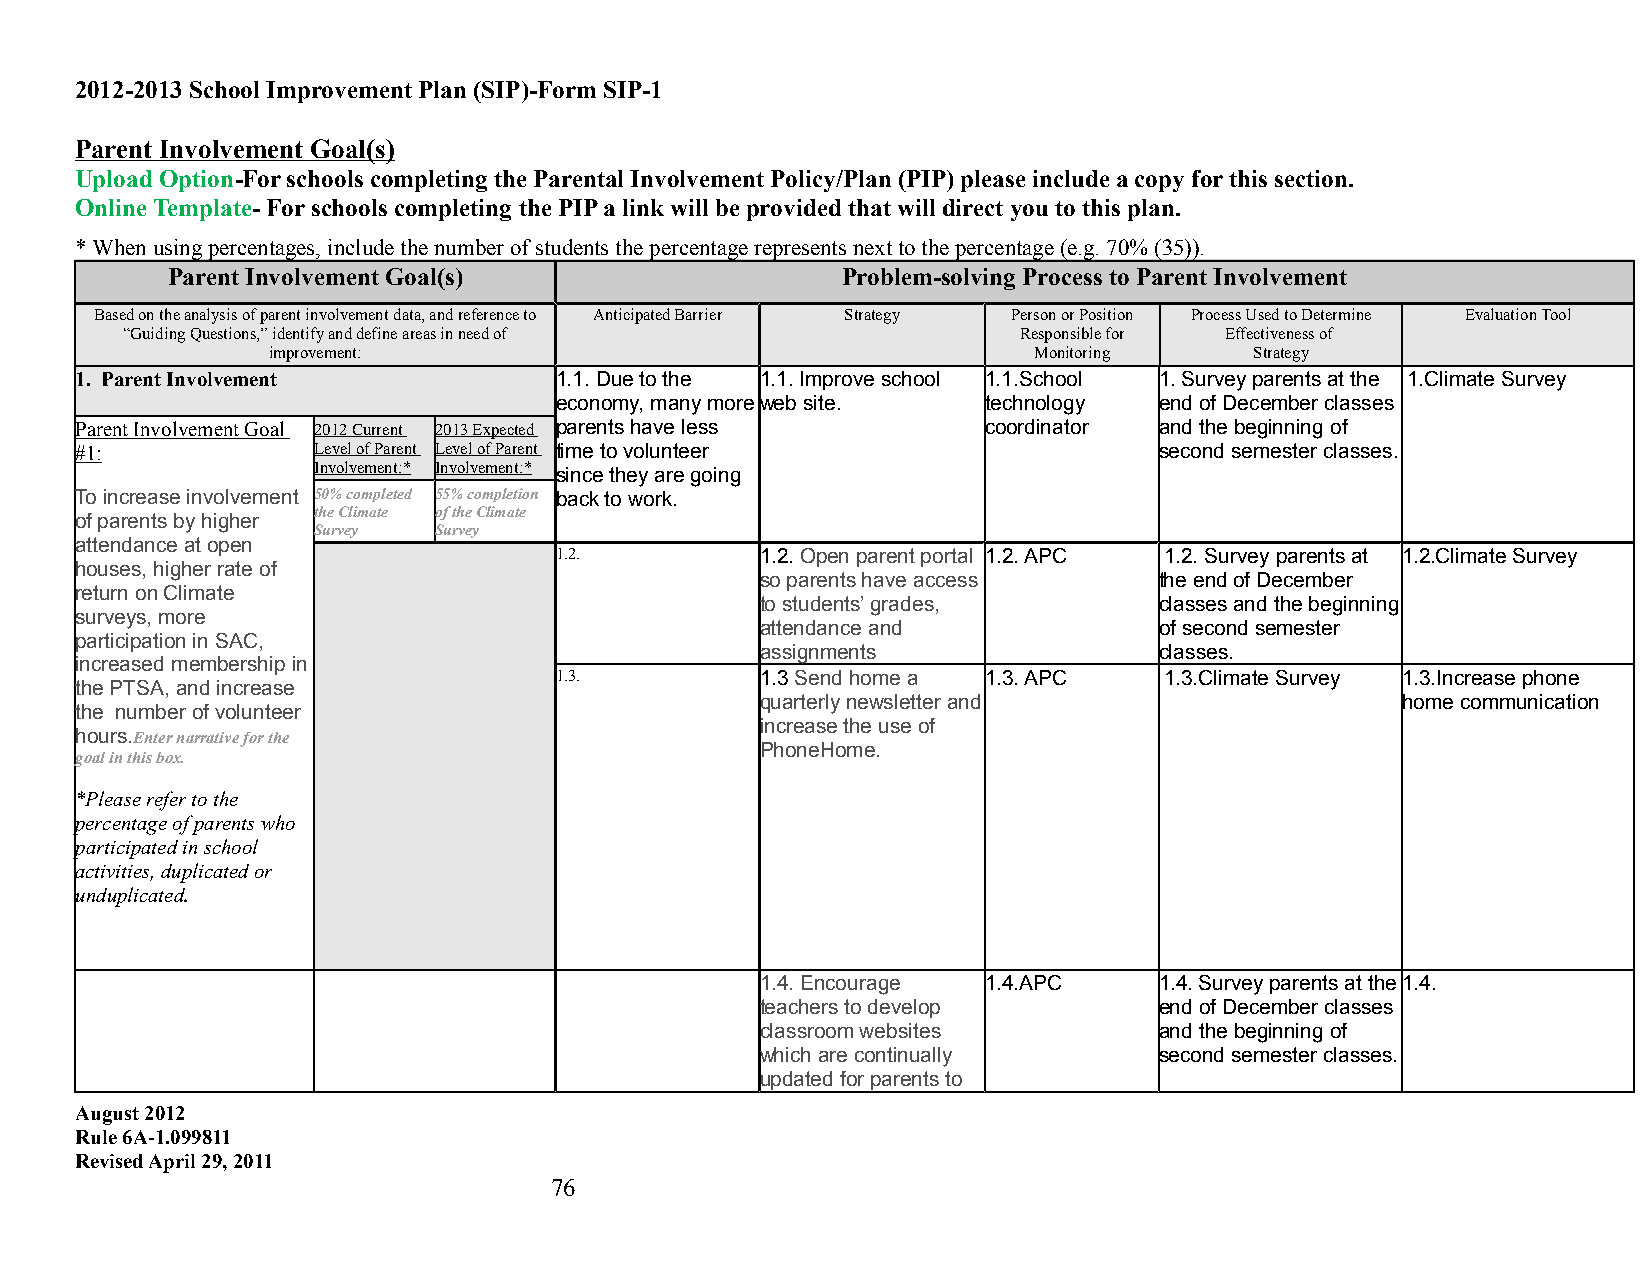
2012-2013 School Improvement Plan (SIP)-Form SIP-1
 Parent Involvement Goal(s)
 Upload Option-For schools completing the Parental Involvement Policy/Plan (PIP) please include a copy for this section.
 Online Template- For schools completing the PIP a link will be provided that will direct you to this plan.
 * When using percentages, include the number of students the percentage represents next to the percentage (e.g. 70% (35)).
 Parent Involvement Goal(s)                   Problem-solving Process to Parent Involvement
 Based on the analysis of parent involvement data, and reference to Anticipated Barrier Strategy Person or Position Process Used to Determine Evaluation Tool
 “Guiding Questions,” identify and define areas in need of  Responsible for Effectiveness of
 improvement:                                      Monitoring     Strategy
 1. Parent Involvement           1.1. Due to the 1.1. Improve school 1.1.School 1. Survey parents at the 1.Climate Survey
 economy, many more web site. technology end of December classes
 Parent Involvement Goal 2012 Current 2013 Expected parents have less coordinator and the beginning of
 #1:             Level of Parent Level of Parent time to volunteer       second semester classes.
 Involvement:* Involvement:* since they are going
 To increase involvement 50% completed 55% completion back to work.
 the Climate of the Climate
 of parents by higher
 Survey  Survey
 attendance at open
 1.2.         1.2. Open parent portal 1.2. APC 1.2. Survey parents at 1.2.Climate Survey
 houses, higher rate of
 so parents have access     the end of December
 return on Climate
 to students’ grades,       classes and the beginning
 surveys, more
 attendance and             of second semester
 participation in SAC,
 assignments                classes.
 increased membership in
 1.3.         1.3 Send home a 1.3. APC   1.3.Climate Survey 1.3.Increase phone
 the PTSA, and increase
 quarterly newsletter and                   home communication
 the number of volunteer
 increase the use of
 hours.Enter narrative for the
 PhoneHome.
 goal in this box.
 *Please refer to the
 percentage of parents who
 participated in school
 activities, duplicated or
 unduplicated.
 1.4. Encourage 1.4.APC     1.4. Survey parents at the 1.4.
 teachers to develop        end of December classes
 classroom websites         and the beginning of
 which are continually      second semester classes.
 updated for parents to
 August 2012
 Rule 6A-1.099811
 Revised April 29, 2011
 76